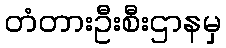
တံတားဦးစီးဌာနမှ